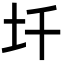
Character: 圲